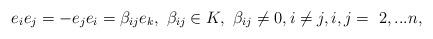
LaTeX: \begin{align*}e_{i}e_{j}=-e_{j}e_{i}=\beta _{ij}e_{k},\,\,\beta _{ij}\in K,\,\,\beta_{ij}\neq 0,i\neq j,i,j=\,\,2,...n, \end{align*}